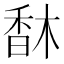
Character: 𩠽